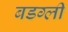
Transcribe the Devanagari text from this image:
बडग्ली